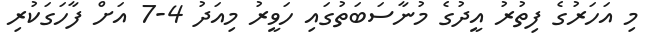
މި އަހަރުގެ ފިތުރު އީދުގެ މުނާސަބަތުގައި ހަވީރު މިއަދު 4-7 އަށް ފާހަގަކުރި